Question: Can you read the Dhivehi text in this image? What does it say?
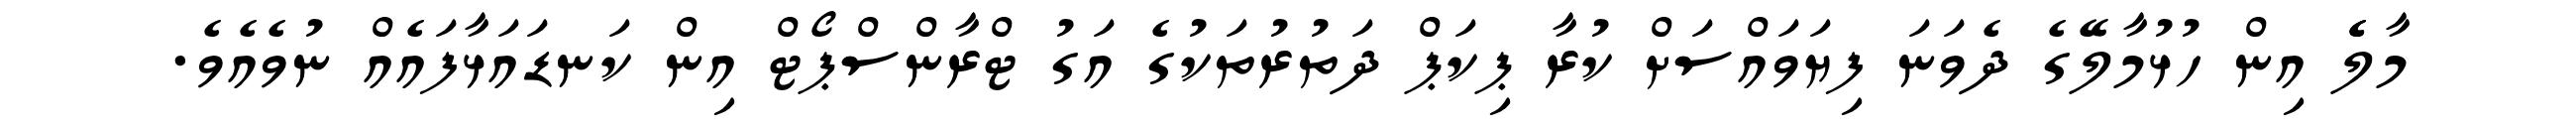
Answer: މާލެެ އިން ހުޅުމާލޭގެ ދެވަނަ ފިޔަވައްސަށް ކުރާ ޕިކަޕް ދަތުރުތަކުގެ އަގު ޓްރާންސްޕޯޓް އިން ކަނޑައަޅާފައެއް ނުވެއެވެ.